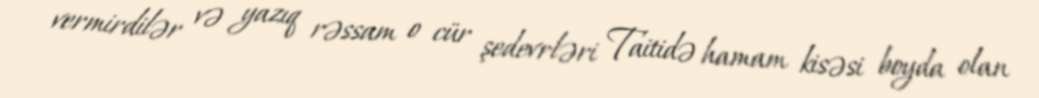
vermirdilər və yazıq rəssam o cür şedevrləri Taitidə hamam kisəsi boyda olan